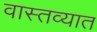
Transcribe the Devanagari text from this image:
वास्‍तव्‍यात